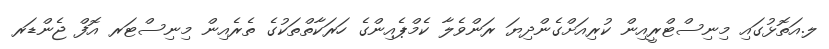
ލ.އަތޮޅުގައި މިނިސްޓްރީއިން ކުރިއަށްގެންދިޔަ ރަންވެލާ ކެމްޕެއިންގެ ހަރަކާތްތަކުގެ ތެރެއިން މިނިސްޓަރ އޮފް ޖެންޑަރ